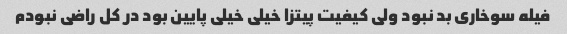
فیله سوخاری بد نبود ولی کیفیت پیتزا خیلی خیلی پایین بود در کل راضی نبودم